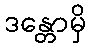
ဒန္တောမှိ